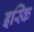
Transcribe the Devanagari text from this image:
इस्कि